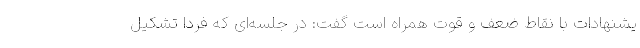
یشنهادات با نقاط ضعف و قوت همراه است گفت: در جلسه‌ای که فردا تشکیل